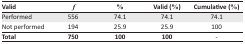
<table><thead><tr><td><b>Valid</b></td><td><b><i>f</i></b></td><td><b>%</b></td><td><b>Valid (%)</b></td><td><b>Cumulative (%)</b></td></tr></thead><tbody><tr><td>Performed</td><td>556</td><td>74.1</td><td>74.1</td><td>74.1</td></tr><tr><td>Not performed</td><td>194</td><td>25.9</td><td>25.9</td><td>100</td></tr><tr><td><b>Total</b></td><td><b>750</b></td><td><b>100</b></td><td><b>100</b></td><td>-</td></tr></tbody></table>